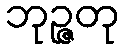
ဘုဉ္ဇတု